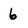
Character: 6